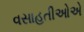
વસાહતીઓએ